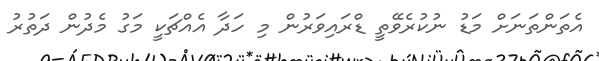
އެތަންތަނަށް މަޑު ނުކުރެވޭތީ ޑްރައިވަރުން މި ހަދާ އެއްޗަކީ މަގު މެދުން ދަތުރު